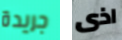
جريدة اذى